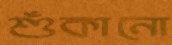
শুঁকানো